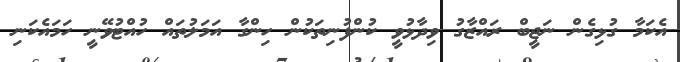
އެކަމާ ގުޅިގެން ނަޖީބް ރައްޒާގު ވިދާޅުވީ ކުންފުނިތަކުން ހިންގާ އަމަލުތައް ހުއްޓުވޭނީ ހަމައެކަނި